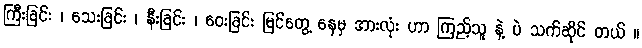
ကြီးခြင်း ၊ သေးခြင်း ၊ နီးခြင်း ၊ ဝေးခြင်း မြင်တွေ့ နေမှ အားလုံး ဟာ ကြည့်သူ နဲ့ ပဲ သက်ဆိုင် တယ် ။